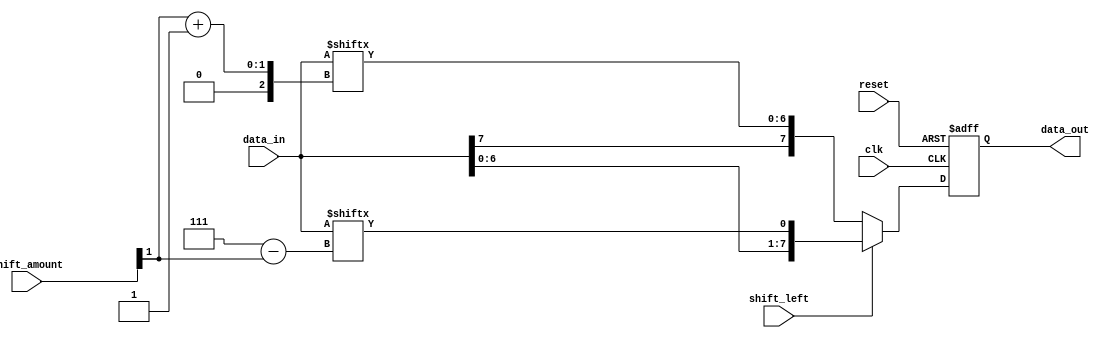
module BarrelShifter(
    input wire clk,
    input wire reset,
    input wire [7:0] data_in,
    input wire [1:0] shift_amount,
    input wire shift_left,
    output reg [7:0] data_out
    );
  
  reg [7:0] shift_data;
  
  always @(posedge clk or posedge reset) begin
    if (reset) begin
      shift_data <= 8'b0;
    end else begin
      if (shift_left) begin
        shift_data <= {data_in[7-shift_amount[1]:0], data_in[7:7-shift_amount[1]]};
      end else begin
        shift_data <= {data_in[shift_amount[1]:7], data_in[7:shift_amount[1]+1]};
      end
    end
  end
  
  assign data_out = shift_data;
  
endmodule